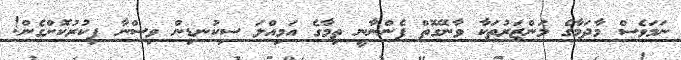
ނަމަވެސް މާދަމާގެ މަންޒަރުތަކާ ވާނޭގޮތް ފެންނާނީ ތިމާގެ އަމިއްލަ ސިކުނޑިން ވިސްނާ ފިކުރުކޮށްގެން!